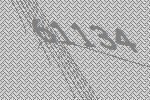
61134